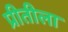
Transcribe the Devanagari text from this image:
प्रीतीला